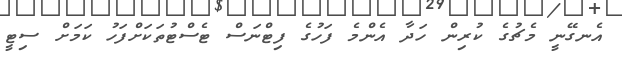
އެނގޭނީ މެޗުގެ ކުރިން ހަދާ އެންމެ ފަހުގެ ފިޓްނަސް ޓެސްޓުތަކަށްފަހު ކަމަށް ސިޓީ